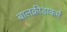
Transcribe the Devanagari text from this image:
बालक्रीडाकर्म